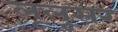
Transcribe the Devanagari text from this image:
लूलूसर